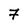
Character: 7